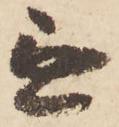
無